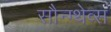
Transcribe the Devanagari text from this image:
सौन्ग्थेव्स